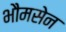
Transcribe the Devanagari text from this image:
भौमसेन